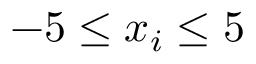
- 5 \leq x _ { i } \leq 5